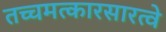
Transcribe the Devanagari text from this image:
तच्चमत्कारसारत्वे